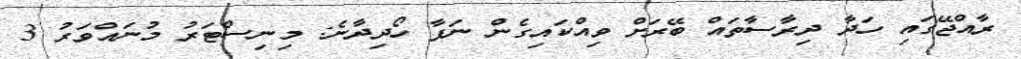
ރާއްޖޭގައި ހަދާ ދިރާސާތައް ބޭރަށް ވިއްކައިގެން ނަފާ ހޯދިދާނެ: މިނިސްޓަރު މުނައްވަރު 3